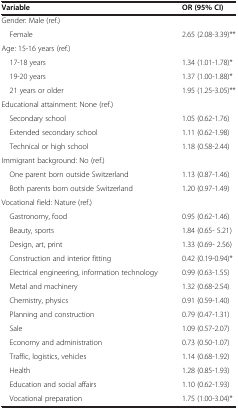
<table><thead><tr><td><b>Variable</b></td><td><b>OR (95% CI)</b></td></tr></thead><tbody><tr><td>Gender: Male (ref.)</td><td> </td></tr><tr><td> Female</td><td>2.65 (2.08-3.39)**</td></tr><tr><td>Age: 15-16 years (ref.)</td><td> </td></tr><tr><td> 17-18 years</td><td>1.34 (1.01-1.78)*</td></tr><tr><td> 19-20 years</td><td>1.37 (1.00-1.88)*</td></tr><tr><td> 21 years or older</td><td>1.95 (1.25-3.05)**</td></tr><tr><td>Educational attainment: None (ref.)</td><td> </td></tr><tr><td> Secondary school</td><td>1.05 (0.62-1.76)</td></tr><tr><td> Extended secondary school</td><td>1.11 (0.62-1.98)</td></tr><tr><td> Technical or high school</td><td>1.18 (0.58-2.44)</td></tr><tr><td>Immigrant background: No (ref.)</td><td> </td></tr><tr><td> One parent born outside Switzerland</td><td>1.13 (0.87-1.46)</td></tr><tr><td> Both parents born outside Switzerland</td><td>1.20 (0.97-1.49)</td></tr><tr><td>Vocational field: Nature (ref.)</td><td> </td></tr><tr><td> Gastronomy, food</td><td>0.95 (0.62-1.46)</td></tr><tr><td> Beauty, sports</td><td>1.84 (0.65- 5.21)</td></tr><tr><td> Design, art, print</td><td>1.33 (0.69- 2.56)</td></tr><tr><td> Construction and interior fitting</td><td>0.42 (0.19-0.94)*</td></tr><tr><td> Electrical engineering, information technology</td><td>0.99 (0.63-1.55)</td></tr><tr><td> Metal and machinery</td><td>1.32 (0.68-2.54)</td></tr><tr><td> Chemistry, physics</td><td>0.91 (0.59-1.40)</td></tr><tr><td> Planning and construction</td><td>0.79 (0.47-1.31)</td></tr><tr><td> Sale</td><td>1.09 (0.57-2.07)</td></tr><tr><td> Economy and administration</td><td>0.73 (0.50-1.07)</td></tr><tr><td> Traffic, logistics, vehicles</td><td>1.14 (0.68-1.92)</td></tr><tr><td> Health</td><td>1.28 (0.85-1.93)</td></tr><tr><td> Education and social affairs</td><td>1.10 (0.62-1.93)</td></tr><tr><td> Vocational preparation</td><td>1.75 (1.00-3.04)*</td></tr></tbody></table>